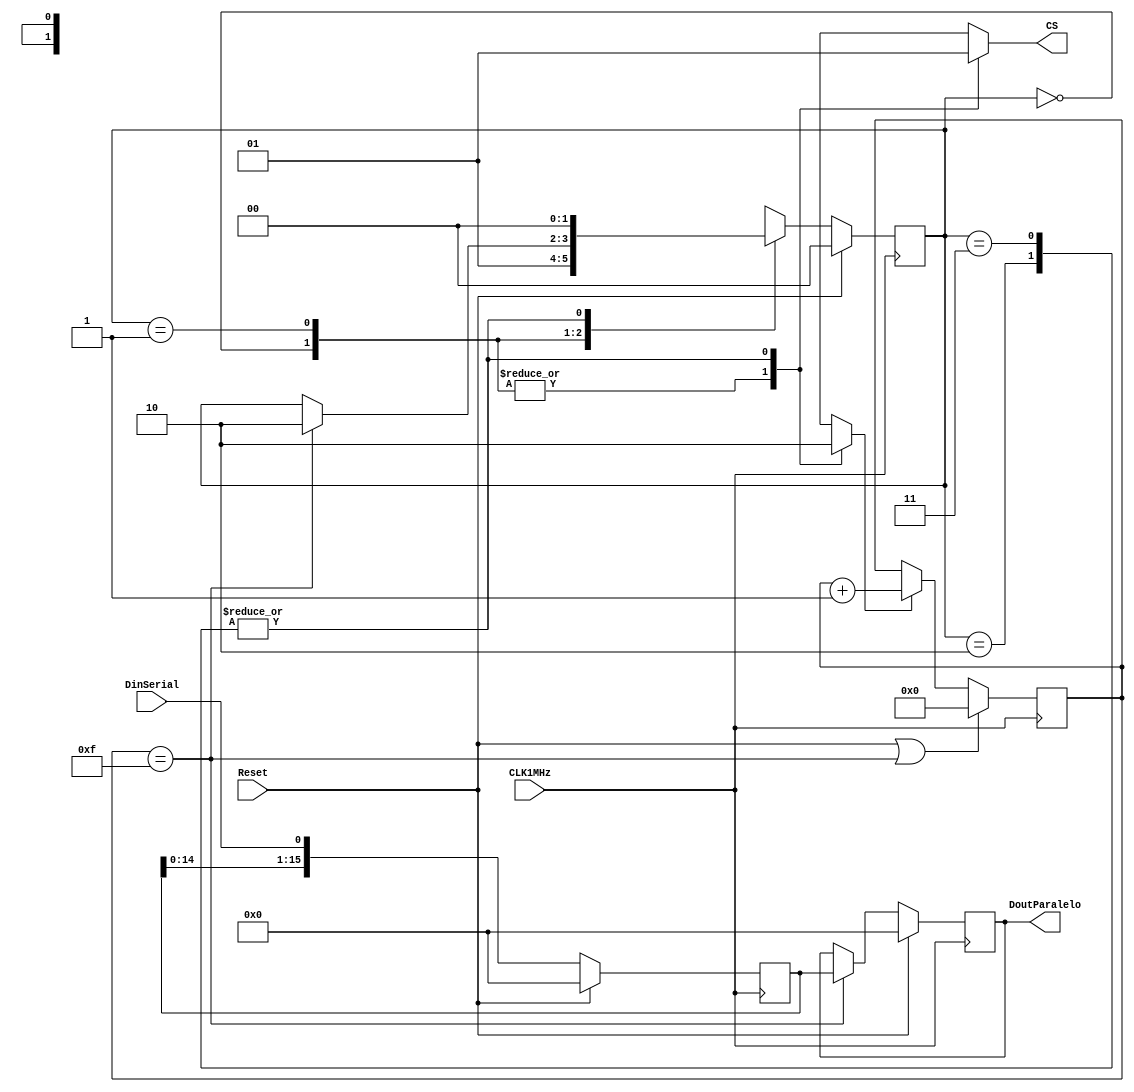
`timescale 1ns / 1ps
//////////////////////////////////////////////////////////////////////////////////
//	Laboratorio de Diseo Digital
// Proyecto de diseo #1
// Mdulo de captura serial de los datos del ADC
// Diego Brenes Martnez
// Francisco Chacn Cambronero
//////////////////////////////////////////////////////////////////////////////////
module CapturaADC(
	 input Reset, CLK1MHz,
	 input wire DinSerial,
    output reg CS,
    output reg [15:0] DoutParalelo
    );

	localparam estado0 = 2'd0,
				  estado1 = 2'd1,
				  estado2 = 2'd2,
				  estado3_placeholder = 2'd3,
				  shift = 5'd16;
	
	reg [1:0] estadoactual;
	reg [1:0] estadosiguiente;
	reg [shift-1:0] reg_almac;
	reg Enable;
	
	//Cuenta de control----------------------------------------------------------------------------------------
	
	reg [3:0] Cuenta;
   
   always @(posedge CLK1MHz) begin
		if(Reset || Cuenta == 4'd15)
			Cuenta <= 4'b0;
		else if(Enable)
			Cuenta <= Cuenta + 1;
		else
			Cuenta <= Cuenta;
	end
	
	//---------------------------------------------------------------------------------------------------------
	
	always @(posedge CLK1MHz) begin
		if(Reset)
			estadoactual <= estado0;
		else
			estadoactual <= estadosiguiente;
	end
	
	always @( * ) begin
		
		estadosiguiente = estadoactual;
		
		case(estadoactual)
		
			estado0 : begin estadosiguiente = estado1; end
			
			estado1 : begin 
				if(Cuenta == 4'd15)
					estadosiguiente = estado2;
			end
			
			estado2 : begin estadosiguiente = estado0; end
			
			estado3_placeholder : begin estadosiguiente = estado0; end
		
		endcase
		
	end
	
	always @( * ) begin
		
		CS = 1'b1;
		Enable = 1'b0;
		
		case(estadoactual)
			estado0 : begin CS = 1'b0; Enable = 1'b1; end
			estado1 : begin CS = 1'b0; Enable = 1'b1; end
			estado2 : begin CS = 1'b1; Enable = 1'b0; end
			estado3_placeholder : begin CS = 1'b1; Enable = 1'b0; end
		endcase
		
	end
	
	always @(posedge CLK1MHz) begin
		if(Reset) begin
			DoutParalelo <= 16'b0;
			reg_almac <= 16'b0;
		end
		else begin
			reg_almac <= {reg_almac[shift-2:0], DinSerial};
			if(Cuenta == 4'd15)
				DoutParalelo <= reg_almac;
		end
	end
	
endmodule